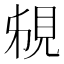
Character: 䙻